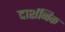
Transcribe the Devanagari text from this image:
दार्शनिक